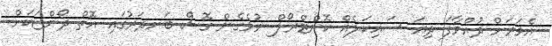
އެވަރަށް ދުއްވާފަ ދިޔަ ސައިކަލެއް ކޮންޓްރޯލް ނުވެގެން ގޮސް ބަނދަރުގައި އޮތް ދޯންޏަކަށް